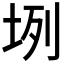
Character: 𡊻